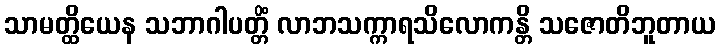
သာမတ္ထိယေန သဘာဂါပတ္တိံ လာဘသက္ကာရသိလောကန္တိ သဇောတိဘူတာယ